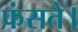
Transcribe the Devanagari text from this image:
फंसते।